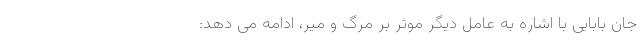
جان بابایی با اشاره به عامل دیگر موثر بر مرگ و میر، ادامه می دهد: